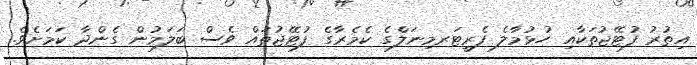
އިތުރު ފުޓޭޖުތަކާއި ހުޅުމާލެ ފެރީޓަރމިނަލްގެ ކެމެރާގެ ފުޓޭޖުތައް ވެސް ބަލަމުން ގެންދާ ކަމަށެވެ.